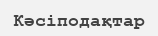
Кәсіподақтар